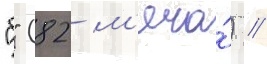
"б" (82 м'яча́) //